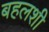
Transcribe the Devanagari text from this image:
बहलशी